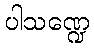
ပါသဏ္ဍေ